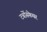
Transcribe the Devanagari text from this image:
टर्बोस्फेयर